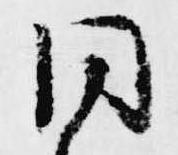
同